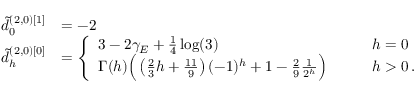
\begin{array} { r l } { \tilde { d } _ { 0 } ^ { ( 2 , 0 ) [ 1 ] } } & { = - 2 } \\ { \tilde { d } _ { h } ^ { ( 2 , 0 ) [ 0 ] } } & { = \left\{ \begin{array} { l l } { 3 - 2 \gamma _ { E } + \frac { 1 } { 4 } \log ( 3 ) } & { \qquad h = 0 } \\ { \Gamma ( h ) \Big ( \left( \frac 2 3 h + \frac { 1 1 } { 9 } \right) ( - 1 ) ^ { h } + 1 - \frac 2 9 \frac { 1 } { 2 ^ { h } } \Big ) } & { \qquad h > 0 \, . } \end{array} \right. } \end{array}